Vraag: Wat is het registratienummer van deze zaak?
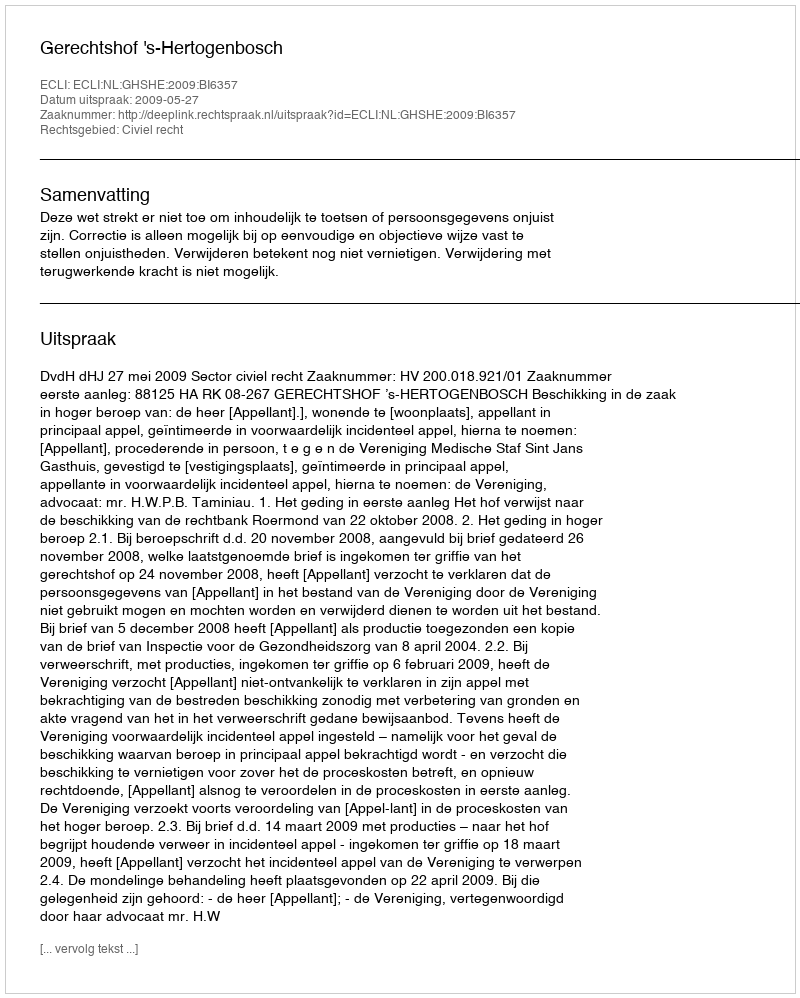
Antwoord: http://deeplink.rechtspraak.nl/uitspraak?id=ECLI:NL:GHSHE:2009:BI6357